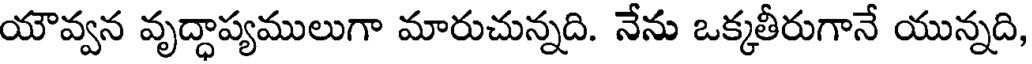
యౌవ్వన వృద్ధాప్యములుగా మారుచున్నది. నేను ఒక్కతీరుగానే యున్నది,